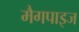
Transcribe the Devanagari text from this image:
मैगपाइज